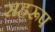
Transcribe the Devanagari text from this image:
सहरूप